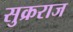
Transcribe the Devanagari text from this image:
सुक्रराज